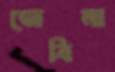
জেবিনা